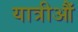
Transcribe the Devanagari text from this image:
यात्रीऔं